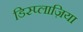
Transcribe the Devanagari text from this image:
डिस्प्लाज़िया